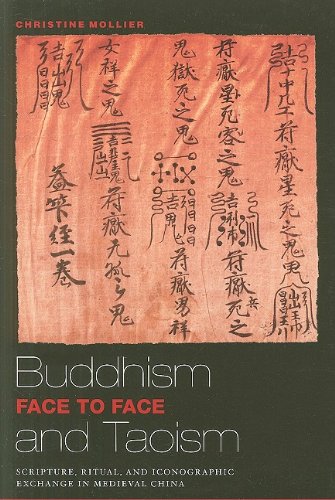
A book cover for Buddhism and Taoism Face to Face: Scripture, Ritual, and Iconographic Exchange in Medieval China; Christine Mollier; Religion & Spirituality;